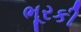
ભૂરકી